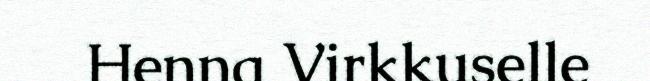
Henna Virkkuselle